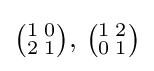
{\bigl (}{}_{2}^{1}\,_{1}^{0}{\bigr )},\,{\bigl (}{}_{0}^{1}\,_{1}^{2}{\bigr )}